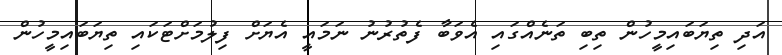
އަދި ތިޔަބައިމީހުން ތިބި ތަނެއްގައި އެވަބާ ފެތުރުނު ނަމައީ އެޔަށް ފިލުމަށްޓަކައި ތިޔަބައިމީހުން